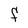
Character: F